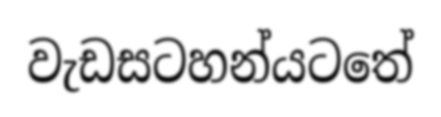
වැඩසටහන්යටතේ